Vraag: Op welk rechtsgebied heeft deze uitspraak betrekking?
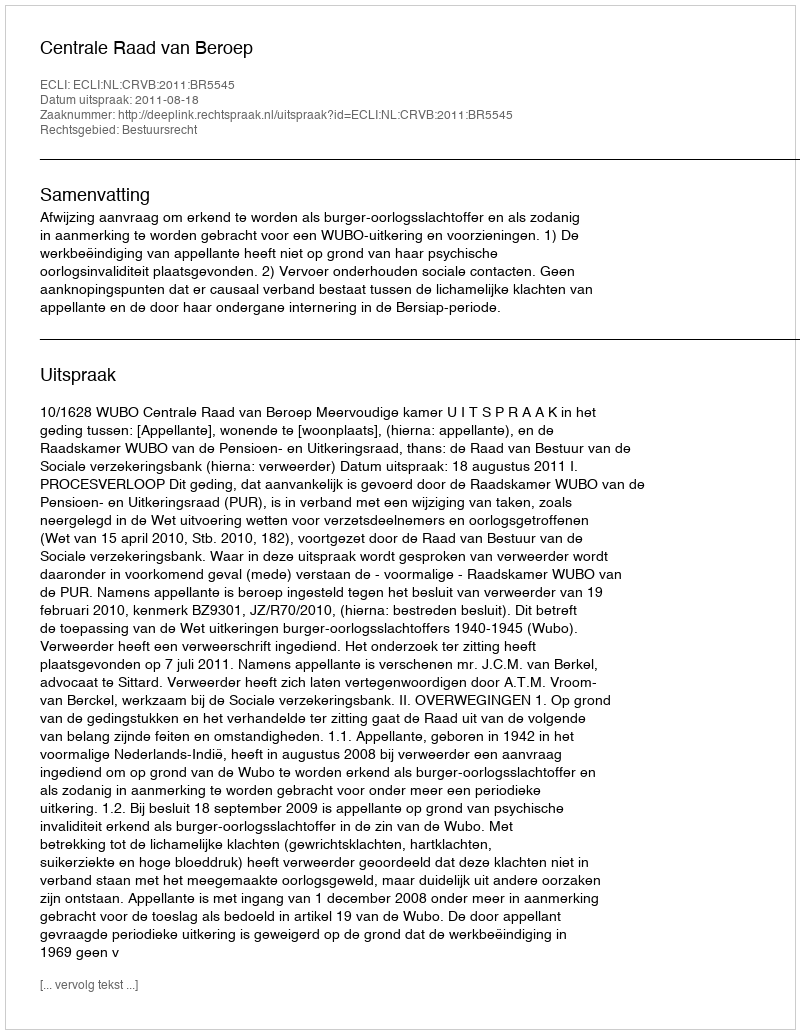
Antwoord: Bestuursrecht